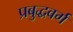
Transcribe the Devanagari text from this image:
प्रबुद्धवर्ग